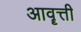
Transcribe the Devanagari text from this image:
आवॄत्ती